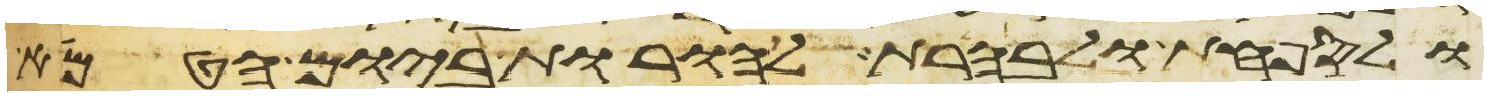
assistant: ולספחת ולבהרת להורות ביום הטמא